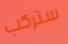
ستركب